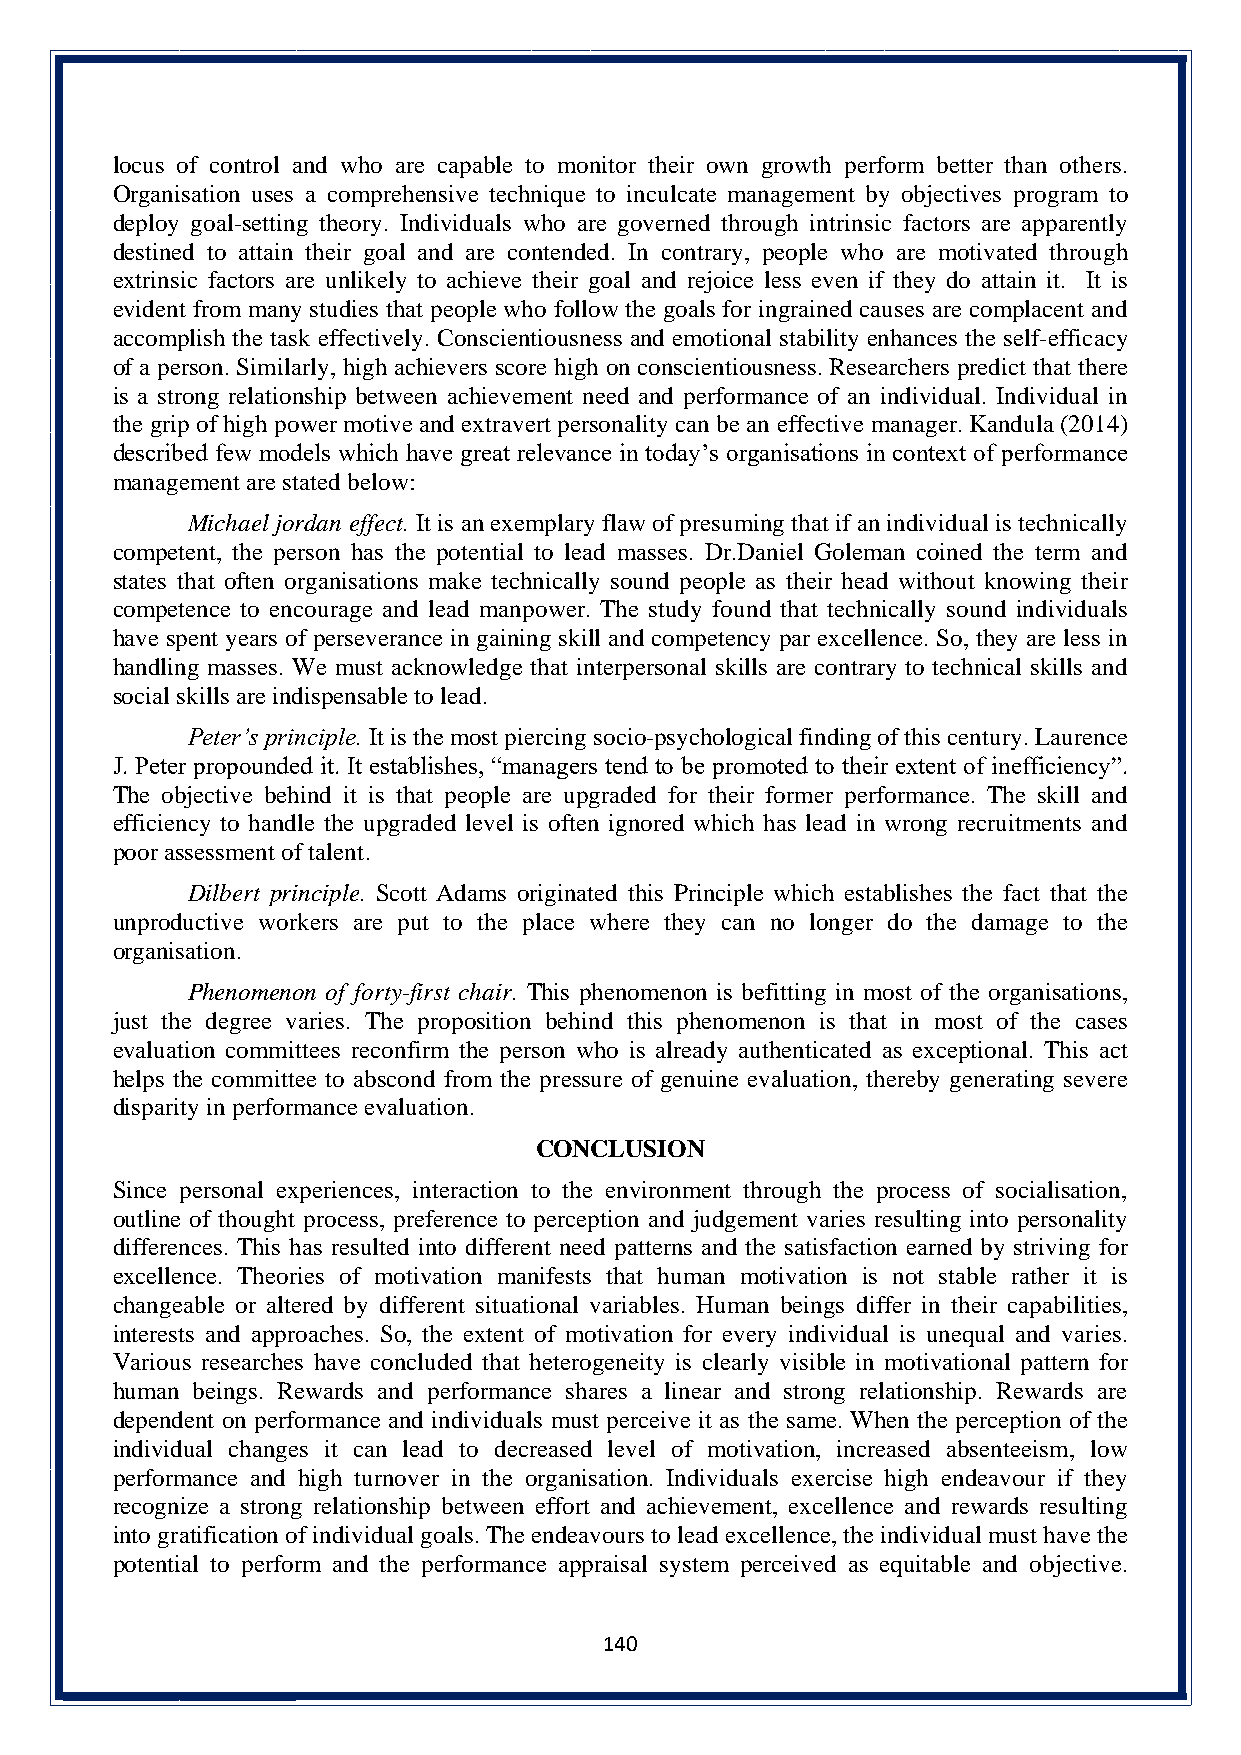
locus of control and who are capable to monitor their own growth perform better than others.
 Organisation uses a comprehensive technique to inculcate management by objectives program to
 deploy goal-setting theory. Individuals who are governed through intrinsic factors are apparently
 destined to attain their goal and are contended. In contrary, people who are motivated through
 extrinsic factors are unlikely to achieve their goal and rejoice less even if they do attain it. It is
 evident from many studies that people who follow the goals for ingrained causes are complacent and
 accomplish the task effectively. Conscientiousness and emotional stability enhances the self-efficacy
 of a person. Similarly, high achievers score high on conscientiousness. Researchers predict that there
 is a strong relationship between achievement need and performance of an individual. Individual in
 the grip of high power motive and extravert personality can be an effective manager. Kandula (2014)
 described few models which have great relevance in today’s organisations in context of performance
 management are stated below:
 Michael jordan effect. It is an exemplary flaw of presuming that if an individual is technically
 competent, the person has the potential to lead masses. Dr.Daniel Goleman coined the term and
 states that often organisations make technically sound people as their head without knowing their
 competence to encourage and lead manpower. The study found that technically sound individuals
 have spent years of perseverance in gaining skill and competency par excellence. So, they are less in
 handling masses. We must acknowledge that interpersonal skills are contrary to technical skills and
 social skills are indispensable to lead.
 Peter’s principle. It is the most piercing socio-psychological finding of this century. Laurence
 J. Peter propounded it. It establishes, “managers tend to be promoted to their extent of inefficiency”.
 The objective behind it is that people are upgraded for their former performance. The skill and
 efficiency to handle the upgraded level is often ignored which has lead in wrong recruitments and
 poor assessment of talent.
 Dilbert principle. Scott Adams originated this Principle which establishes the fact that the
 unproductive workers are put to the place where they can no longer do the damage to the
 organisation.
 Phenomenon of forty-first chair. This phenomenon is befitting in most of the organisations,
 just the degree varies. The proposition behind this phenomenon is that in most of the cases
 evaluation committees reconfirm the person who is already authenticated as exceptional. This act
 helps the committee to abscond from the pressure of genuine evaluation, thereby generating severe
 disparity in performance evaluation.
 CONCLUSION
 Since personal experiences, interaction to the environment through the process of socialisation,
 outline of thought process, preference to perception and judgement varies resulting into personality
 differences. This has resulted into different need patterns and the satisfaction earned by striving for
 excellence. Theories of motivation manifests that human motivation is not stable rather it is
 changeable or altered by different situational variables. Human beings differ in their capabilities,
 interests and approaches. So, the extent of motivation for every individual is unequal and varies.
 Various researches have concluded that heterogeneity is clearly visible in motivational pattern for
 human beings. Rewards and performance shares a linear and strong relationship. Rewards are
 dependent on performance and individuals must perceive it as the same. When the perception of the
 individual changes it can lead to decreased level of motivation, increased absenteeism, low
 performance and high turnover in the organisation. Individuals exercise high endeavour if they
 recognize a strong relationship between effort and achievement, excellence and rewards resulting
 into gratification of individual goals. The endeavours to lead excellence, the individual must have the
 potential to perform and the performance appraisal system perceived as equitable and objective.
 140